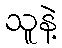
သူနဲ့